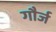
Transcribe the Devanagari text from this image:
गौर्ज